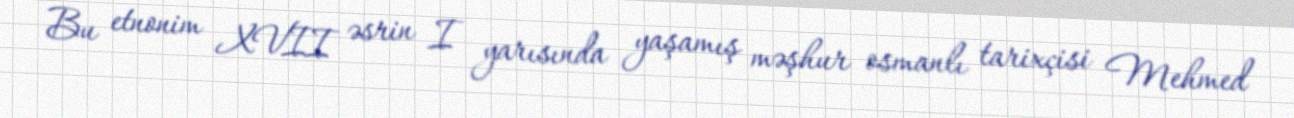
Bu etnonim XVII əsrin I yarısında yaşamış məşhur osmanlı tarixçisi Mehmed